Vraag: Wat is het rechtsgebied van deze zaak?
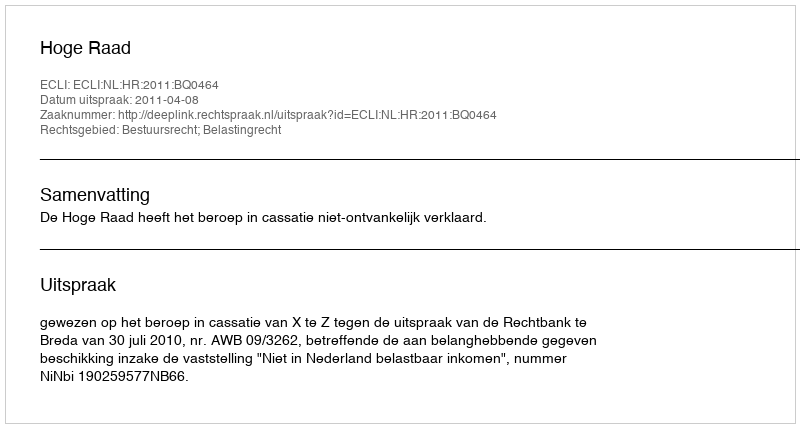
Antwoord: Bestuursrecht; Belastingrecht